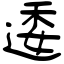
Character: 逶